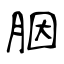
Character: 胭